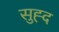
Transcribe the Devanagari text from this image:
सुह्द